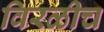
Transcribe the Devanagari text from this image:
विरळीच